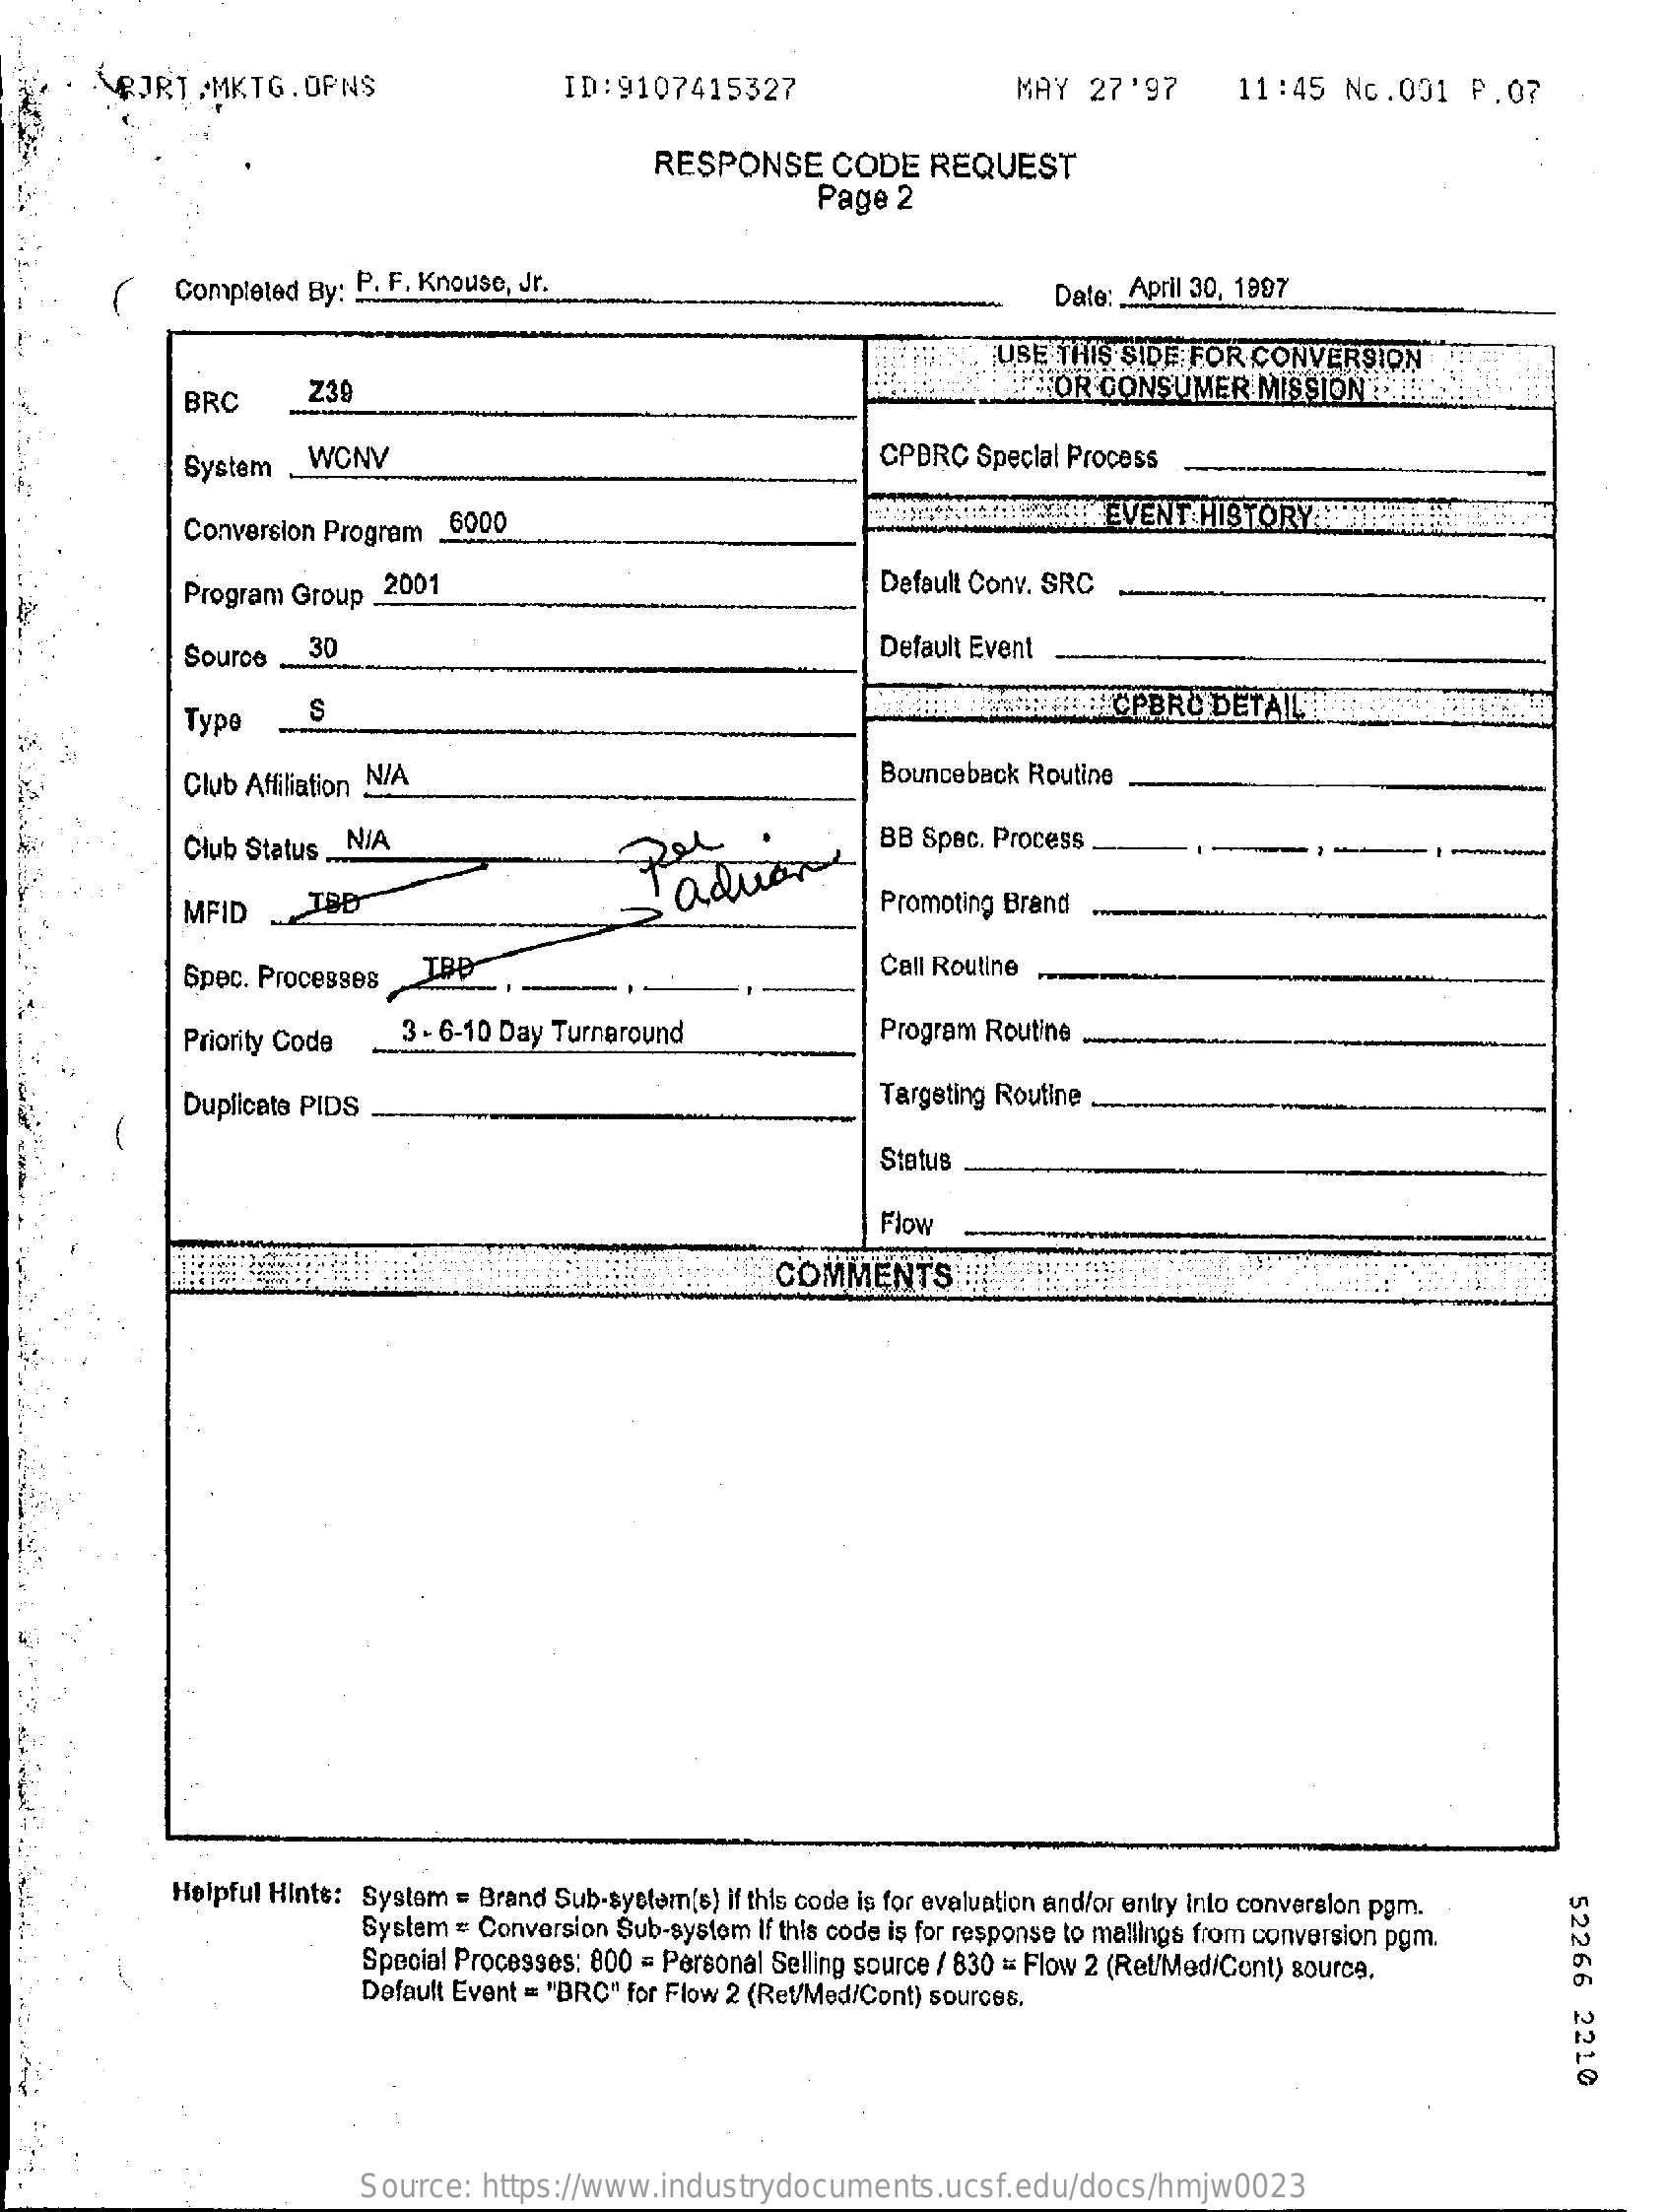
RJRT .MKTG.  OPNS    ID: 9107415327    MAY   27'97    11:45   Nc.001   P.07
     RESPONSE    CODE   REQUEST
     Page  2
     Completed By: P. F. Knouse, Jr.    Date: April 30, 1997
     USE THIS SIDE FOR CONVERSION
     BRC
     Z39    'OR CONSUMER   MISSION   !!
     System   WCNV    CPERC Special Process
     Conversion Program 6000    EVENT  HISTORY
     -
     Program Group _2001    Default Conv. SRC
     Source   30    Default Event
     Type    S    CPBRC  DETAIL
     Club Affiliation N/A    Bounceback Routine
     Club Status _N/A    BB Spec. Process
     MFID
     advares
     Promoting Brand
     Spec. Processes  TBD    Call Routine
     Priority Code   3 - 6-10 Day Turnaround    Program Routine
     Duplicate PIDS    Targeting Routine
     Status
     Flow
     COMMENTS
     Helpful Hints: System = Brand Sub-system(s) if this code is for evaluation and/or entry Into conversion pgm.
     52266
     2210
     System = Conversion Sub-system If this code is for response to mallings from conversion pgm.
     Special Processes: 800 = Personal Selling source / 830 = Flow 2 (Ret/Med/Cont) source.
     Default Event = "BRC" for Flow 2 (Ret/Med/Cont) sources.
     Source:  https://www.industrydocuments.ucsf.edu/docs/hmjw0023